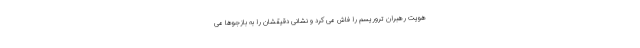
هویت رهبران تروریسم را فاش می کرد و نشانی دقیقشان را به بازجوها می